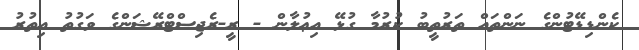
ކެންޑިޑޭޓުންގެ ނަންތައް ތަރުތީބު ކުރުމާ ގުޅޭ އިޢުލާން - ރީ-ރެޖިސްޓްރޭޝަންގެ ވަގުތު އިތުރު